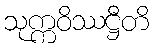
သုက္ကဝိဿဋ္ဌီတိ